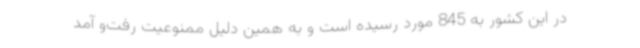
در این کشور به 845 مورد رسیده است و به همین دلیل ممنوعیت رفت‌و آمد